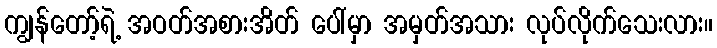
ကျွန်တော့်ရဲ့ အဝတ်အစားအိတ် ပေါ်မှာ အမှတ်အသား လုပ်လိုက်သေးလား။